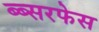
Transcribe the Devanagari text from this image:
ब्ब्सरफेस